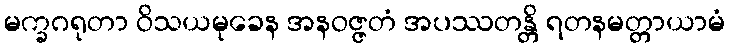
မက္ခဂရုတာ ဝိသယမုခေန အနဝဇ္ဇတံ အပဿတန္တိ ရတနမတ္တာယာမံ